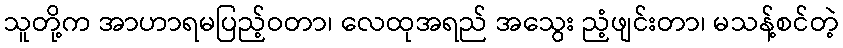
သူတို့က အာဟာရမပြည့်ဝတာ၊ လေထုအရည် အသွေး ညံ့ဖျင်းတာ၊ မသန့်စင်တဲ့